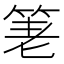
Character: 𥭯